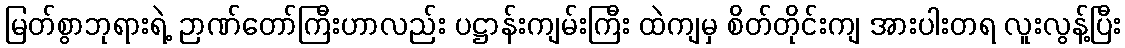
မြတ်စွာဘုရားရဲ့ ဉာဏ်တော်ကြီးဟာလည်း ပဋ္ဌာန်းကျမ်းကြီး ထဲကျမှ စိတ်တိုင်းကျ အားပါးတရ လူးလွန့်ပြီး